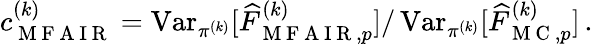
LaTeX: \begin{array}{r}{c_{\mathrm{~M~F~A~I~R~}}^{(k)}=\operatorname{Var}_{\pi^{(k)}}[\widehat{F}_{\mathrm{~M~F~A~I~R~},p}^{(k)}]/\operatorname{Var}_{\pi^{(k)}}[\widehat{F}_{\mathrm{~M~C~},p}^{(k)}]\, .}\end{array}